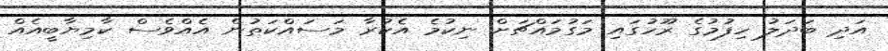
އަދި ބަދަލު ހިފުމުގެ ރޫހުގައި މަގުމައްޗަށް ނިކުމެ އެކުރާ މަސައްކަތުން އެއްވެސް ކާމިޔާބީއެއް